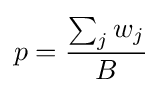
p={\frac {\sum _{j}w_{j}}{B}}